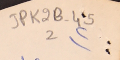
JPK2B-45 	2		٢)